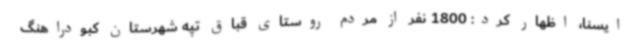
ایسنا، اظهار کرد: 1800 نفر از مردم روستای قباق تپه شهرستان کبودراهنگ